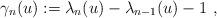
LaTeX: \begin{align*}\gamma_n(u):=\lambda_n(u)-\lambda_{n-1}(u)-1\ ,\end{align*}